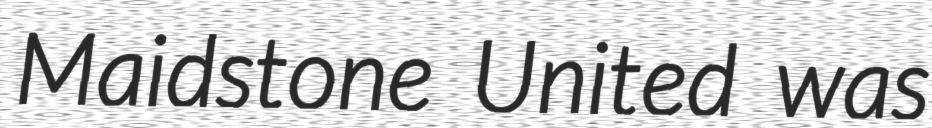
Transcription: Maidstone United was